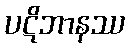
ပဋိဘာနဿ